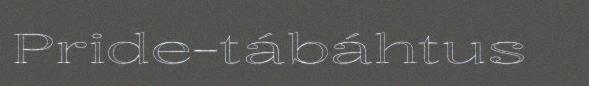
Pride-tábáhtus